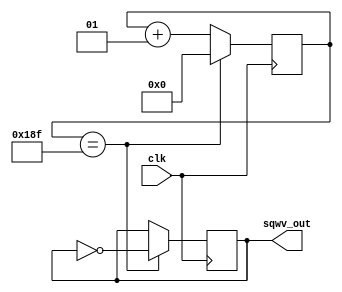
`timescale 1ns / 1ps

module square_wave(
    input clk,
    output reg sqwv_out
    );
	integer counter;
	initial counter=0;
	initial sqwv_out=0;

	always @(posedge clk) begin
		if(counter==399) begin
			sqwv_out<=~sqwv_out;
			counter <= 0;
		end else begin
			counter<=counter+1;
		end
	end

endmodule